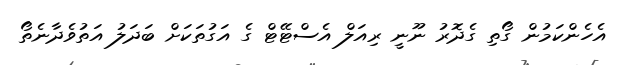
އެހެންކަމުން ގޯތި ގެދޮރު ނޫނީ ރިއަލް އެސްޓޭޓް ގެ އަގުތަކަށް ބަދަލު އަތުވެދާނެތޯ